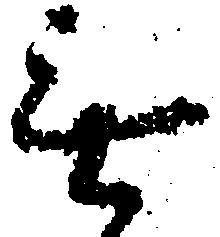
無